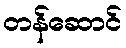
တန်ဆောင်